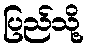
ပြည်သို့